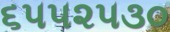
૬૫૫૨૫૩૦